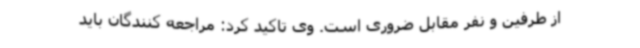
از طرفین و نفر مقابل ضروری است. وی تاکید کرد: مراجعه کنندگان باید